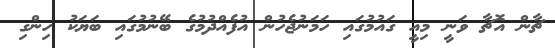
ޗާން އޮޗާ ވަނީ މިއީ ގައުމުގައި ހަމަނުޖެހުން އުފެއްދުމުގެ ބޭނުމުގައި ބަޔަކު ހިންގި